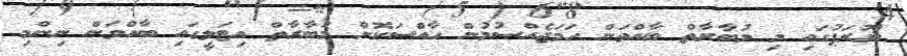
ޔޫރަޕުގައި މި މުބާރާތް ބާއްވަން ހަމަޖެއްސުމުން ހާއްސަކޮށް މުބާރާތް އިޓަލީގައި ބާއްވަން ނިންމި